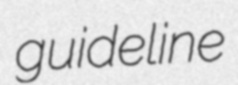
guideline